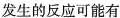
发生的反应可能有